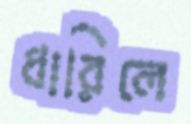
ধারিলে